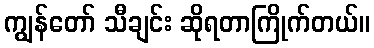
ကျွန်တော် သီချင်း ဆိုရတာကြိုက်တယ်။